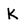
Character: K